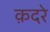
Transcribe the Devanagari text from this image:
क़दरे